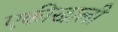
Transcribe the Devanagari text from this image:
एकीखाली